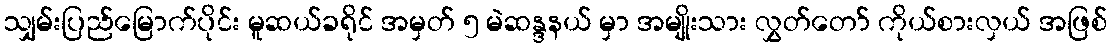
သျှမ်းပြည်မြောက်ပိုင်း မူဆယ်ခရိုင် အမှတ် ၅ မဲဆန္ဒနယ် မှာ အမျိုးသား လွှတ်တော် ကိုယ်စားလှယ် အဖြစ်